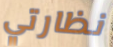
نظارتي